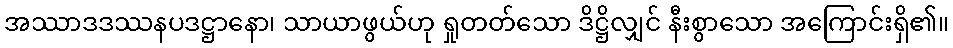
အဿာဒဒဿနပဒဋ္ဌာနော၊ သာယာဖွယ်ဟု ရှုတတ်သော ဒိဋ္ဌိလျှင် နီးစွာသော အကြောင်းရှိ၏။